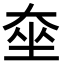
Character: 𡘫